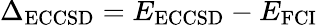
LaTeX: \Delta_{\mathrm{ECCSD}}=E_{\mathrm{ECCSD}}-E_{\mathrm{FCI}}